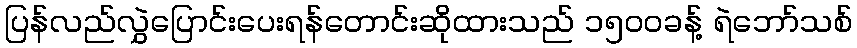
ပြန်လည်လွှဲပြောင်းပေးရန်တောင်းဆိုထားသည် ၁၅၀၀ခန့် ရဲဘော်သစ်